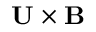
\mathbf { U } \times \mathbf { B }